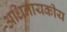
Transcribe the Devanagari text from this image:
अधिनायकीय